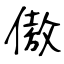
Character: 傲